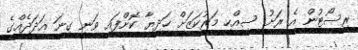
ރިސޯޓުން އެ ރަށު ސިއްހީ މަރުކަޒަށް ހަދިޔާ ކޮށްފައި ވަނީ ގިނަ އަދަދެއްގެ